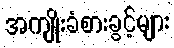
အကျိုးခံစားခွင့်များ